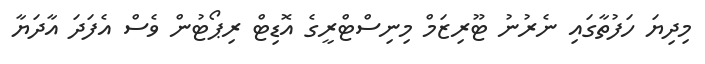
މިދިޔަ ހަފުތާގައި ނެރުނު ޓޫރިޒަމް މިނިސްޓްރީގެ އޮޑިޓް ރިޕޯޓުން ވެސް އެފަދަ އާދަޔާ